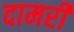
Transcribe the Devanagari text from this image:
दामरी